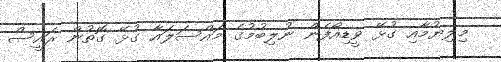
މިލިޔުމާއި ގުޅޭ ވީޑިއޯފެން ނުލިބުމުގެ މައްސަލައާ ގުޅޭ ގޮތުން ރައީސް